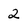
Character: 2